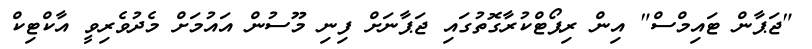
"ޖަޕާން ޓައިމްސް" އިން ރިޕޯޓްކުރާގޮތުގައި ޖަޕާނަށް ފިނި މޫސުން އައުމަށް މެދުވެރިވީ އާކްޓިކް